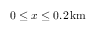
0 \leq x \leq 0 . 2 \, \mathrm { k m }